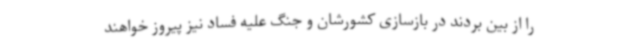
را از بین بردند در بازسازی کشورشان و جنگ علیه فساد نیز پیروز خواهند